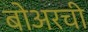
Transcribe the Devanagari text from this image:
बोअरची